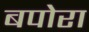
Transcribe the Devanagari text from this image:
बपोरा